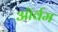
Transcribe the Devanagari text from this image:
ऑर्वम